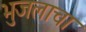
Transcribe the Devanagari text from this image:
भुजलाचा